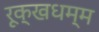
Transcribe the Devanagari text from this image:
रूक्खधम्म